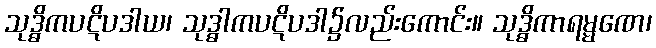
သုဒ္ဓိကပဋိပဒါယ၊ သုဒ္ဓါကပဋိပဒါ၌လည်းကောင်း။ သုဒ္ဓိကာရမ္မဏေ၊